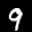
Label: 9